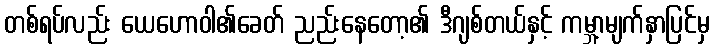
တစ်ရပ်လည်း ယေဟောဝါ၏ခေတ် ညည်းနေတော့၏ ဒီဂျစ်တယ်နှင့် ကမ္ဘာ့မျက်နှာပြင်မှ